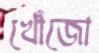
খোঁজো